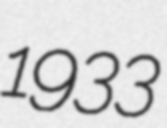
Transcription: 1933